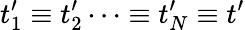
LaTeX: t_{1}^{\prime}\equiv t_{2}^{\prime}\cdots\equiv t_{N}^{\prime}\equiv t^{\prime}